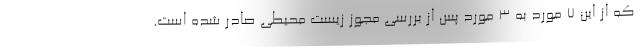
که از این 7 مورد به 3 مورد پس از بررسی مجوز زیست محیطی صادر شده است.